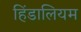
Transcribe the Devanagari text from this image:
हिंडालियम